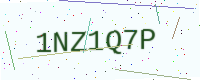
Text: 1NZ1Q7P